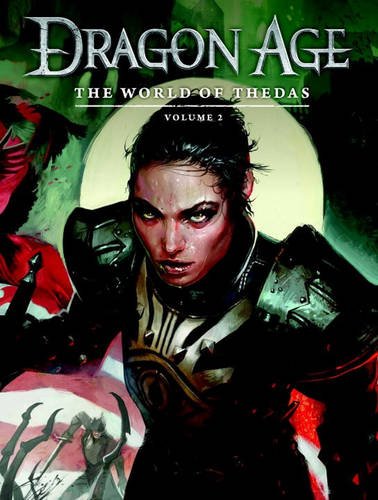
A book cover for Dragon Age: The World of Thedas Volume 2; Various; Comics & Graphic Novels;